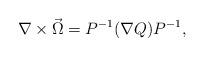
LaTeX: \begin{align*}\nabla \times \vec \Omega = P^{-1}(\nabla Q)P^{-1},\end{align*}